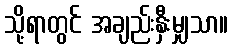
သို့ရာတွင် အချည်းနှီးမျှသာ။